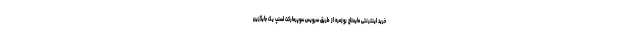
خرید اینترنتی مایحتاج روزمره‌ از طریق سرویس سوپرمارکت اسنپ یک جایگزین